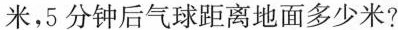
米，5分钟后气球距离地面多少米?